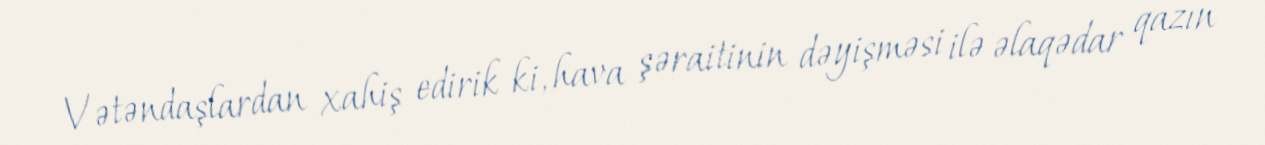
Vətəndaşlardan xahiş edirik ki, hava şəraitinin dəyişməsi ilə əlaqədar qazın